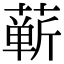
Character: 蕲